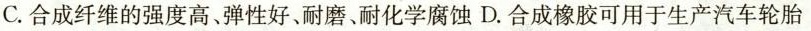
C.合成纤维的强度高、弹性好、耐磨、耐化学腐蚀 D.合成橡胶可用于生产汽车轮胎